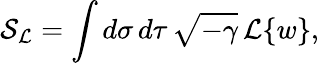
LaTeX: {\cal S}_{\cal L}=\int d\sigma\, d\tau\, \sqrt{-\gamma}\, {\cal L}\{ w\} ,